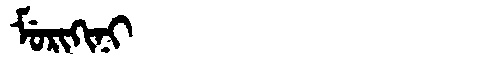
Manchu: ᠮᡠᡵᡳᡴᡳᠨᡳ
Romanization: MURIKINI